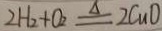
2 H _ { 2 } + O _ { 2 } \xlongequal { \Delta } 2 C u O